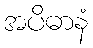
အပိဓာနံ